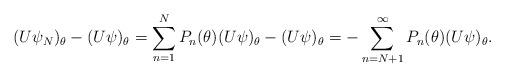
LaTeX: \begin{align*}(U\psi_N)_{\theta}-(U\psi)_{\theta}=\sum_{n=1}^NP_n(\theta)(U\psi)_{\theta}-(U\psi)_{\theta}=-\sum_{n=N+1}^\infty P_n(\theta)(U\psi)_{\theta}.\end{align*}